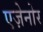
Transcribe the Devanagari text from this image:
एज़ेनोर